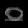
Digit: ၀